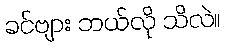
ခင်ဗျား ဘယ်လို သိလဲ။